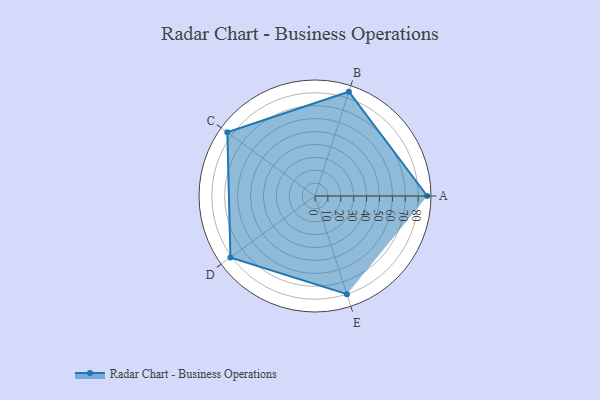
{"axis": {"x": "Skill", "y": "Score"}, "legend": ["Profile"], "data": [{"x": "A", "y": 87.0, "type": "Profile"}, {"x": "B", "y": 85.0, "type": "Profile"}, {"x": "C", "y": 84.0, "type": "Profile"}, {"x": "D", "y": 81.0, "type": "Profile"}, {"x": "E", "y": 80.0, "type": "Profile"}]}